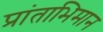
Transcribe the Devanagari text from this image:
प्रांताभिमान